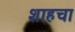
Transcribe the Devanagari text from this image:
शाहचा